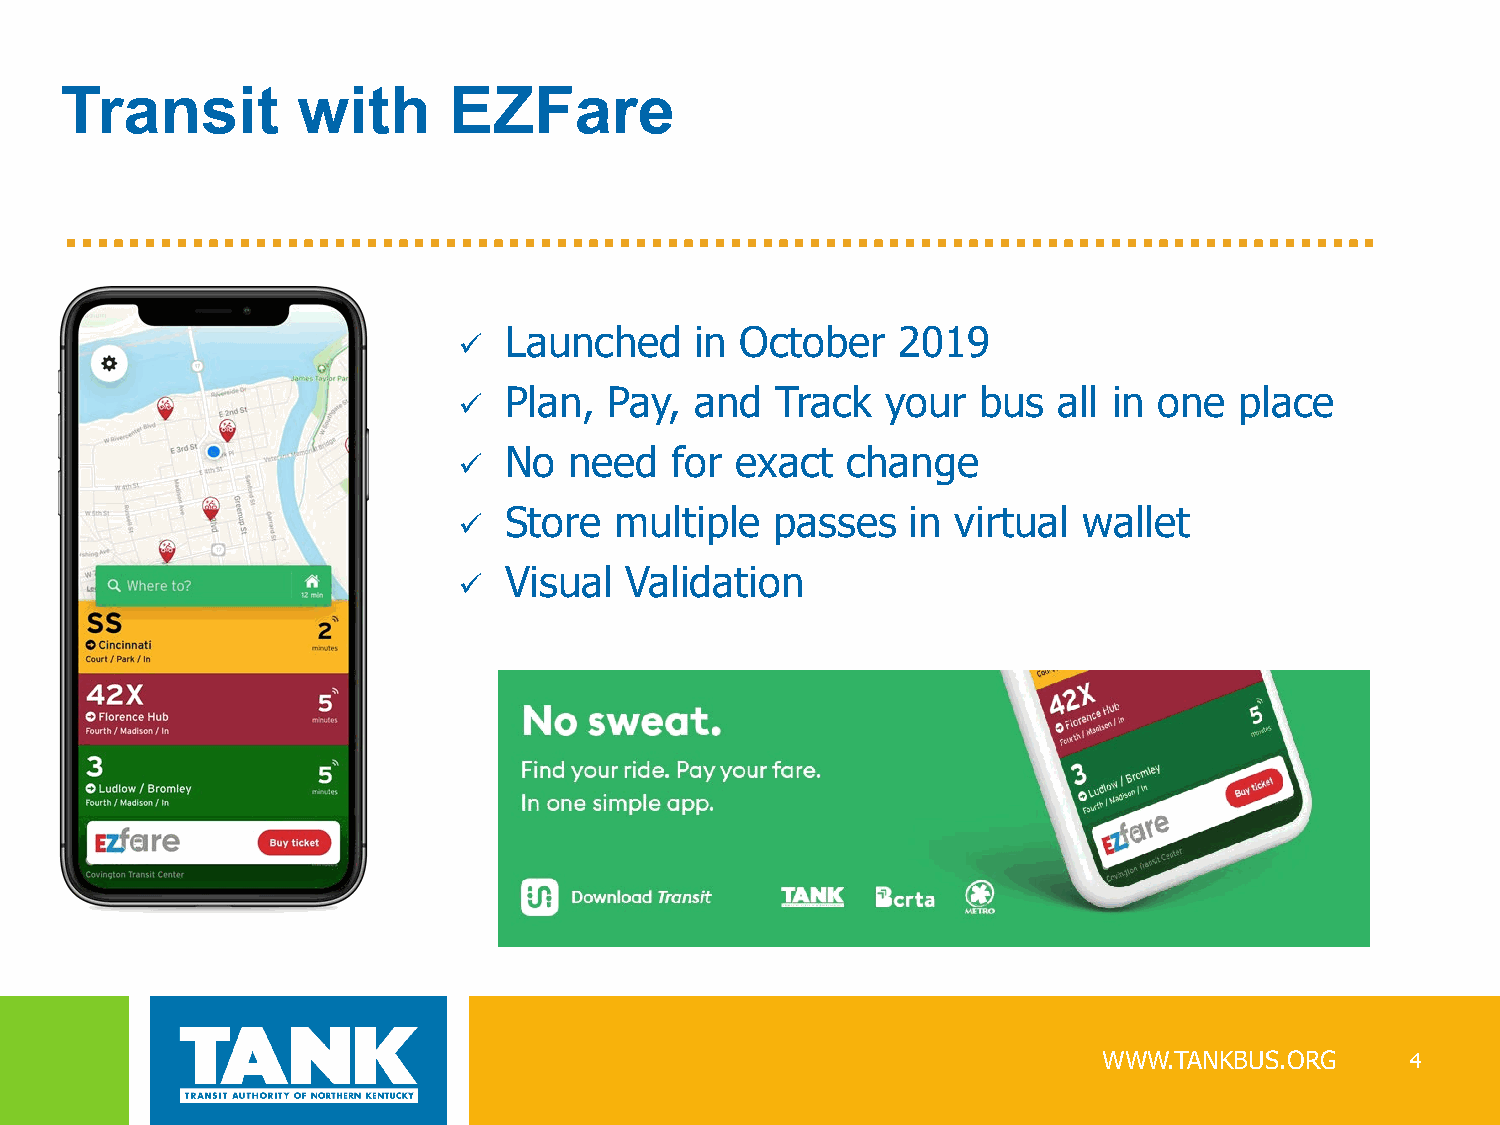
Transit         with      EZFare
   Launched     in October   2019
   Plan,  Pay,  and  Track   your  bus  all in one  place
   No   need  for  exact  change
   Store   multiple  passes   in virtual  wallet
   Visual  Validation
 WWW.TANKBUS.ORG     4